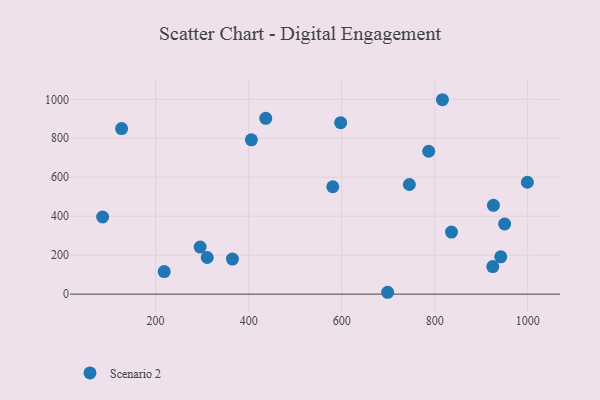
{"axis": {"x": "Speed", "y": "Profit"}, "legend": ["Scenario 2"], "data": [{"x": "86.1", "y": 395.9, "type": "Scenario 2"}, {"x": "436.8", "y": 902.2, "type": "Scenario 2"}, {"x": "926.3", "y": 455.6, "type": "Scenario 2"}, {"x": "787.1", "y": 733.4, "type": "Scenario 2"}, {"x": "365.2", "y": 179.9, "type": "Scenario 2"}, {"x": "597.9", "y": 880.1, "type": "Scenario 2"}, {"x": "405.9", "y": 792.2, "type": "Scenario 2"}, {"x": "836.2", "y": 318.7, "type": "Scenario 2"}, {"x": "745.6", "y": 562.7, "type": "Scenario 2"}, {"x": "816.7", "y": 997.8, "type": "Scenario 2"}, {"x": "126.9", "y": 849.8, "type": "Scenario 2"}, {"x": "950.4", "y": 359.9, "type": "Scenario 2"}, {"x": "580.9", "y": 551.0, "type": "Scenario 2"}, {"x": "295.8", "y": 241.6, "type": "Scenario 2"}, {"x": "218.5", "y": 116.0, "type": "Scenario 2"}, {"x": "311.0", "y": 188.1, "type": "Scenario 2"}, {"x": "924.9", "y": 141.6, "type": "Scenario 2"}, {"x": "942.1", "y": 191.4, "type": "Scenario 2"}, {"x": "698.9", "y": 9.5, "type": "Scenario 2"}, {"x": "999.3", "y": 574.3, "type": "Scenario 2"}]}